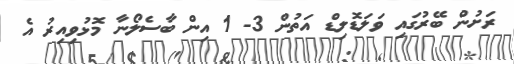
ރަށުން ބޭރުގައި ވަލަޑޮލިޑް އަތުން 3- 1 އިން ބާސެލޯނާ މޮޅުވިއިރު އެ